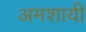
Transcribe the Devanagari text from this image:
अमशायी